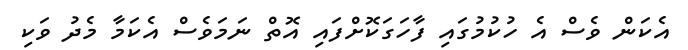
އެކަން ވެސް އެ ހުކުމުގައި ފާހަގަކޮށްފައި އޮތް ނަމަވެސް އެކަމާ މެދު ވަކި